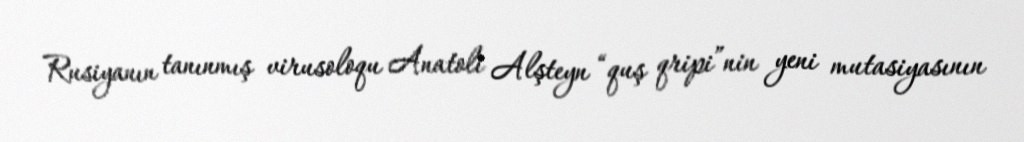
Rusiyanın tanınmış virusoloqu Anatoli Alşteyn “quş qripi”nin yeni mutasiyasının